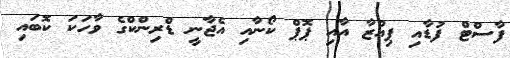
ފާސްޓް ފުޑާއި ޕިއްޒާ އާއި ޕޮޕް ކޯނާއި އެޖާނީ ޑްރިންކްގެ ވާހަކަ ކޮބައި